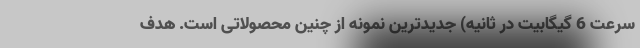
سرعت 6 گیگابیت در ثانیه) جدیدترین نمونه از چنین محصولاتی است. هدف